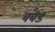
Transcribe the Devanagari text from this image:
बबैंड